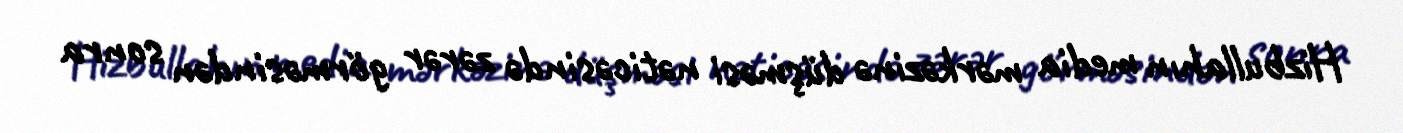
Hizbullahın media mərkəzinə düşməsi nəticəsində zərər görməsindən sonra